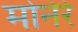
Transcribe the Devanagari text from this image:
मोनेरे